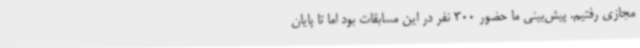
مجازی رفتیم. پیش‌بینی ما حضور 300 نفر در این مسابقات بود اما تا پایان